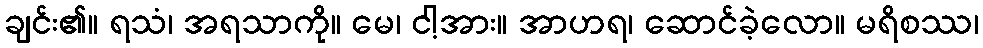
ချင်း၏။ ရသံ၊ အရသာကို။ မေ၊ ငါ့အား။ အာဟရ၊ ဆောင်ခဲ့လော။ မရိစဿ၊